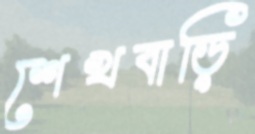
শেখবাড়ি